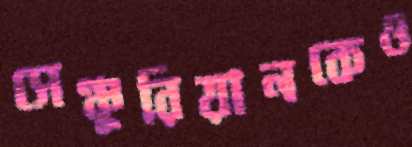
সেঞ্চুরিয়ানকেও